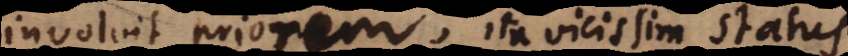
involvit priorem, ita vicissim status